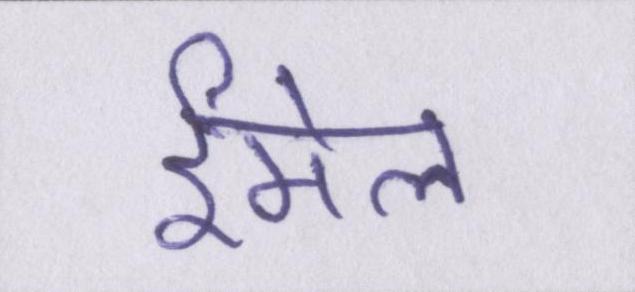
ईमेल